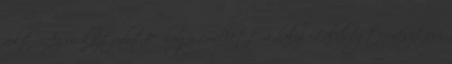
volt. Az is köztudott, hogy emellett a helyi Zöldségtermesztési